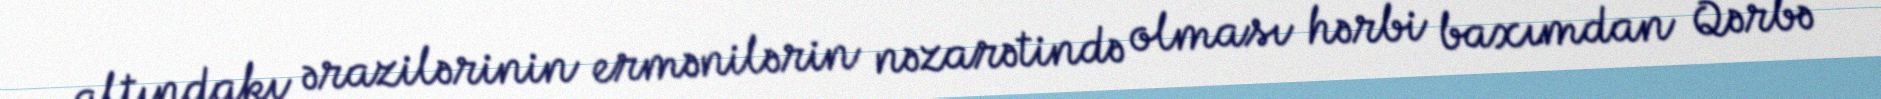
altındakı ərazilərinin ermənilərin nəzarətində olması hərbi baxımdan Qərbə